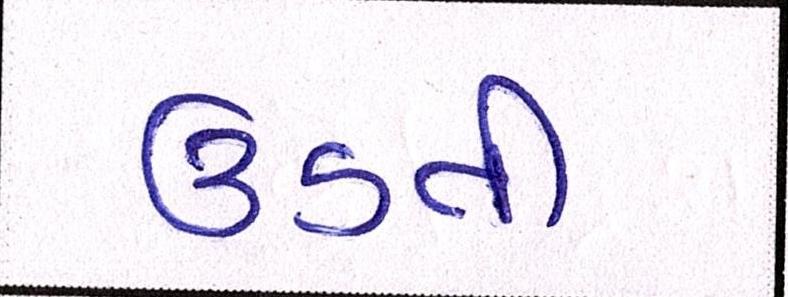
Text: ઉડતી